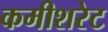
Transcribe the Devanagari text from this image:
कमीशरेट